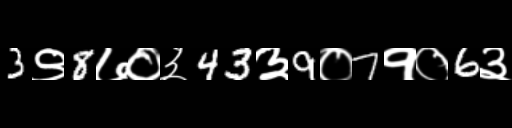
Text: 3९8७०३43३9०7१०6३